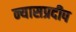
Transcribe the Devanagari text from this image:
न्यासप्रदीप